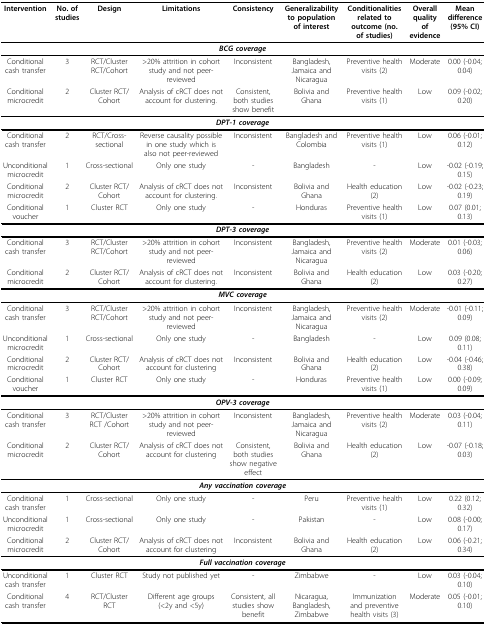
<table><thead><tr><td><b>Intervention</b></td><td><b>No. of studies</b></td><td><b>Design</b></td><td><b>Limitations</b></td><td><b>Consistency</b></td><td><b>Generalizability to population of interest</b></td><td><b>Conditionalities related to outcome (no. of studies)</b></td><td><b>Overall quality of evidence</b></td><td><b>Mean difference (95% CI)</b></td></tr></thead><tbody><tr><td colspan="9"><i><b>BCG coverage</b></i></td></tr><tr><td>Conditional cash transfer</td><td>3</td><td>RCT/Cluster RCT/Cohort</td><td>&gt;20% attrition in cohort study and not peer-reviewed</td><td>Inconsistent</td><td>Bangladesh, Jamaica and Nicaragua</td><td>Preventive health visits (2)</td><td>Moderate</td><td>0.00 (-0.04; 0.04)</td></tr><tr><td>Conditional microcredit</td><td>2</td><td>Cluster RCT/Cohort</td><td>Analysis of cRCT does not account for clustering.</td><td>Consistent, both studies show benefit</td><td>Bolivia and Ghana</td><td>Preventive health visits (1)</td><td>Low</td><td>0.09 (-0.02; 0.20)</td></tr><tr><td colspan="9"><i><b>DPT-1 coverage</b></i></td></tr><tr><td>Conditional cash transfer</td><td>2</td><td>RCT/Cross-sectional</td><td>Reverse causality possible in one study which is also not peer-reviewed</td><td>Inconsistent</td><td>Bangladesh and Colombia</td><td>Preventive health visits (1)</td><td>Low</td><td>0.06 (-0.01; 0.12)</td></tr><tr><td>Unconditional microcredit</td><td>1</td><td>Cross-sectional</td><td>Only one study</td><td>-</td><td>Bangladesh</td><td>-</td><td>Low</td><td>-0.02 (-0.19; 0.15)</td></tr><tr><td>Conditional microcredit</td><td>2</td><td>Cluster RCT/Cohort</td><td>Analysis of cRCT does not account for clustering.</td><td>Inconsistent</td><td>Bolivia and Ghana</td><td>Health education (2)</td><td>Low</td><td>-0.02 (-0.23; 0.19)</td></tr><tr><td>Conditional voucher</td><td>1</td><td>Cluster RCT</td><td>Only one study</td><td>-</td><td>Honduras</td><td>Preventive health visits (1)</td><td>Low</td><td>0.07 (0.01; 0.13)</td></tr><tr><td colspan="9"><i><b>DPT-3 coverage</b></i></td></tr><tr><td>Conditional cash transfer</td><td>3</td><td>RCT/Cluster RCT/Cohort</td><td>&gt;20% attrition in cohort study and not peer-reviewed</td><td>Inconsistent</td><td>Bangladesh, Jamaica and Nicaragua</td><td>Preventive health visits (2)</td><td>Moderate</td><td>0.01 (-0.03; 0.06)</td></tr><tr><td>Conditional microcredit</td><td>2</td><td>Cluster RCT/Cohort</td><td>Analysis of cRCT does not account for clustering.</td><td>Inconsistent</td><td>Bolivia and Ghana</td><td>Health education (2)</td><td>Low</td><td>0.03 (-0.20; 0.27)</td></tr><tr><td colspan="9"><i><b>MVC coverage</b></i></td></tr><tr><td>Conditional cash transfer</td><td>3</td><td>RCT/Cluster RCT/Cohort</td><td>&gt;20% attrition in cohort study and not peer-reviewed</td><td>Inconsistent</td><td>Bangladesh, Jamaica and Nicaragua</td><td>Preventive health visits (2)</td><td>Moderate</td><td>-0.01 (-0.11; 0.09)</td></tr><tr><td>Unconditional microcredit</td><td>1</td><td>Cross-sectional</td><td>Only one study</td><td>-</td><td>Bangladesh</td><td>-</td><td>Low</td><td>0.09 (0.08; 0.11)</td></tr><tr><td>Conditional microcredit</td><td>2</td><td>Cluster RCT/Cohort</td><td>Analysis of cRCT does not account for clustering</td><td>Inconsistent</td><td>Bolivia and Ghana</td><td>Health education (2)</td><td>Low</td><td>-0.04 (-0.46; 0.38)</td></tr><tr><td>Conditional voucher</td><td>1</td><td>Cluster RCT</td><td>Only one study</td><td>-</td><td>Honduras</td><td>Preventive health visits (1)</td><td>Low</td><td>0.00 (-0.09; 0.09)</td></tr><tr><td colspan="9"><i><b>OPV-3 coverage</b></i></td></tr><tr><td>Conditional cash transfer</td><td>3</td><td>RCT/Cluster RCT /Cohort</td><td>&gt;20% attrition in cohort study and not peer-reviewed</td><td>Inconsistent</td><td>Bangladesh, Jamaica and Nicaragua</td><td>Preventive health visits (2)</td><td>Moderate</td><td>0.03 (-0.04; 0.11)</td></tr><tr><td>Conditional microcredit</td><td>2</td><td>Cluster RCT/Cohort</td><td>Analysis of cRCT does not account for clustering</td><td>Consistent, both studies show negative effect</td><td>Bolivia and Ghana</td><td>Health education (2)</td><td>Low</td><td>-0.07 (-0.18; 0.03)</td></tr><tr><td colspan="9"><i><b>Any vaccination coverage</b></i></td></tr><tr><td>Conditional cash transfer</td><td>1</td><td>Cross-sectional</td><td>Only one study</td><td>-</td><td>Peru</td><td>Preventive health visits (1)</td><td>Low</td><td>0.22 (0.12; 0.32)</td></tr><tr><td>Unconditional microcredit</td><td>1</td><td>Cross-sectional</td><td>Only one study</td><td>-</td><td>Pakistan</td><td>-</td><td>Low</td><td>0.08 (-0.00; 0.17)</td></tr><tr><td>Conditional microcredit</td><td>2</td><td>Cluster RCT/Cohort</td><td>Analysis of cRCT does not account for clustering</td><td>Inconsistent</td><td>Bolivia and Ghana</td><td>Health education (2)</td><td>Low</td><td>0.06 (-0.21; 0.34)</td></tr><tr><td colspan="9"><i><b>Full vaccination coverage</b></i></td></tr><tr><td>Unconditional cash transfer</td><td>1</td><td>Cluster RCT</td><td>Study not published yet</td><td>-</td><td>Zimbabwe</td><td>-</td><td>Low</td><td>0.03 (-0.04; 0.10)</td></tr><tr><td>Conditional cash transfer</td><td>4</td><td>RCT/Cluster RCT</td><td>Different age groups (&lt;2y and &lt;5y)</td><td>Consistent, all studies show benefit</td><td>Nicaragua, Bangladesh, Zimbabwe</td><td>Immunization and preventive health visits (3)</td><td>Moderate</td><td>0.05 (-0.01; 0.10)</td></tr></tbody></table>